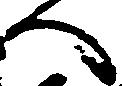
へ